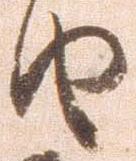
由